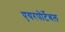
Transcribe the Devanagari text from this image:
एयरपोर्टेबल